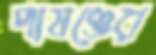
পাষণ্ডের